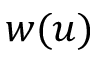
w ( u )